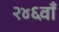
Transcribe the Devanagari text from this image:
२४६वाँ